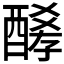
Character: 𨢀